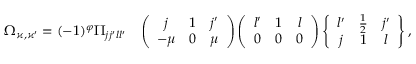
\begin{array} { r l } { \Omega _ { \varkappa , \varkappa ^ { \prime } } = ( - 1 ) ^ { \varphi } \Pi _ { j j ^ { \prime } l l ^ { \prime } } } & { \left( \begin{array} { c c c } { j } & { 1 } & { j ^ { \prime } } \\ { - \mu } & { 0 } & { \mu } \end{array} \right) \left( \begin{array} { c c c } { l ^ { \prime } } & { 1 } & { l } \\ { 0 } & { 0 } & { 0 } \end{array} \right) \left\{ \begin{array} { c c c } { l ^ { \prime } } & { \frac 1 2 } & { j ^ { \prime } } \\ { j } & { 1 } & { l } \end{array} \right\} , } \end{array}